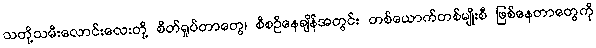
သတို့သမီးလောင်းလေးတို့ စိတ်ရှုပ်တာတွေ၊ စီစဉ်နေချိန်အတွင်း တစ်ယောက်တစ်မျိုးစီ ဖြစ်နေတာတွေကို